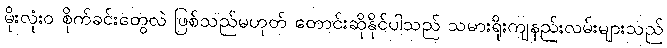
မိုးလုံး၀ စိုက်ခင်းတွေလဲ ဖြစ်သည်မဟုတ် တောင်းဆိုနိုင်ပါသည် သမားရိုးကျနည်းလမ်းများသည်